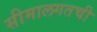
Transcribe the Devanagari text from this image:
सीमालगतची